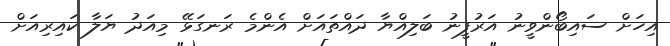
އިހަށް ސައިބޯންވީނު އަރުފީނު ބަލިއްޔާ ދައްތައަށް އެންމެ ރަނގަޅޭ މިއަދު ޔަލާ ކައިރިއަށް